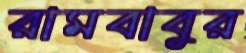
রামবাবুর